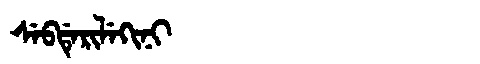
Manchu: ᠰᡝᠪᡩᡝᡵᡳᠯᡝᡴᡳᠨᡳ
Romanization: SEBDERILEKINI